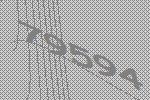
79594